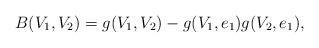
LaTeX: \begin{align*}B(V_1,V_2)=g(V_1,V_2)-g(V_1,e_1)g(V_2,e_1),\end{align*}